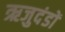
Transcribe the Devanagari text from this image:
ऋजुदंडों